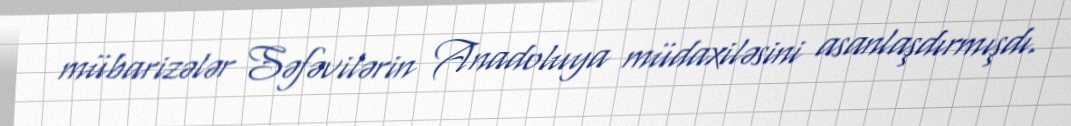
mübarizələr Səfəvilərin Anadoluya müdaxiləsini asanlaşdırmışdı.